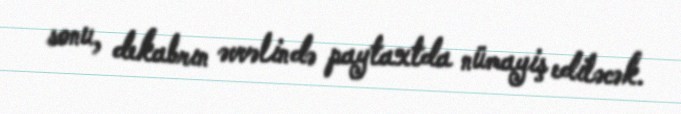
sonu, dekabrın əvvəlində paytaxtda nümayiş ediləcək.